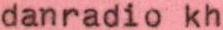
danradio kh